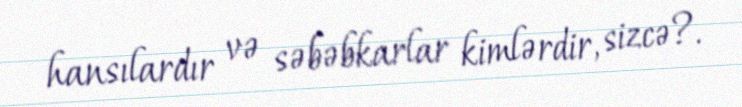
hansılardır və səbəbkarlar kimlərdir, sizcə?.